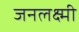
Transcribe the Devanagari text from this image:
जनलक्ष्मी